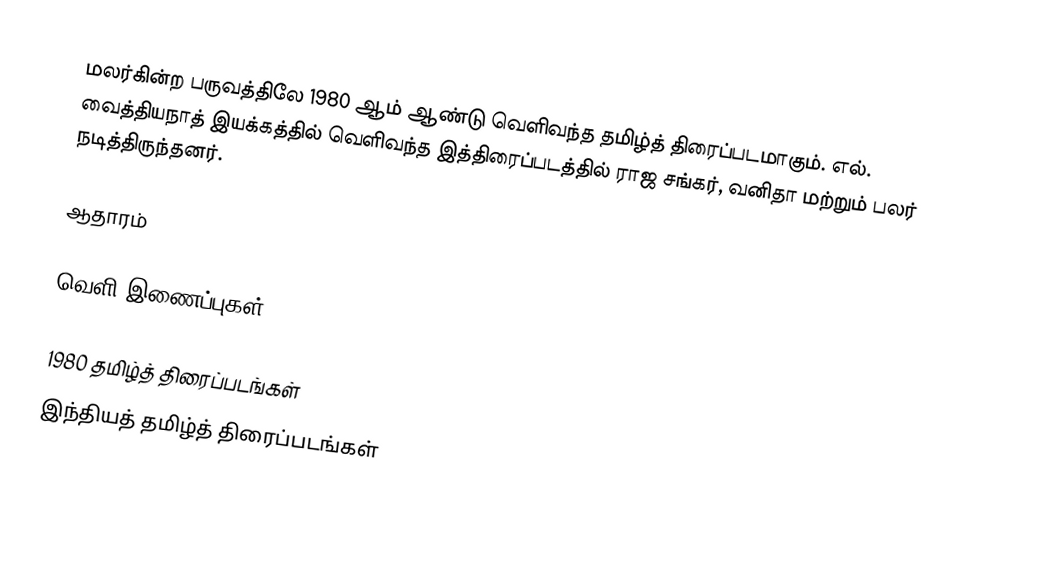
மலர்கின்ற பருவத்திலே 1980 ஆம் ஆண்டு வெளிவந்த தமிழ்த் திரைப்படமாகும். எல். வைத்தியநாத் இயக்கத்தில் வெளிவந்த இத்திரைப்படத்தில் ராஜ சங்கர், வனிதா மற்றும் பலர் நடித்திருந்தனர்.

ஆதாரம்

வெளி இணைப்புகள்

1980 தமிழ்த் திரைப்படங்கள்
இந்தியத் தமிழ்த் திரைப்படங்கள்